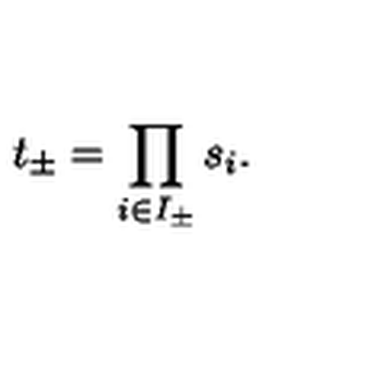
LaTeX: t _ { \pm } = \prod _ { i \in I _ { \pm } } s _ { i } .